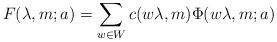
LaTeX: \begin{align*}F (\lambda, m; a) = \sum_{w \in W} c (w \lambda, m) \Phi (w \lambda, m; a)\end{align*}